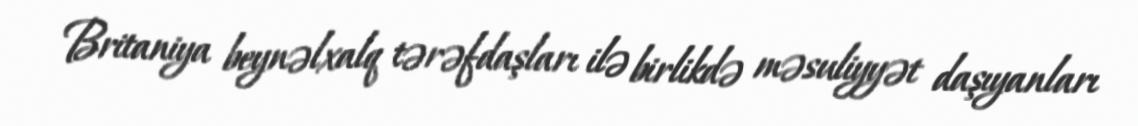
Britaniya beynəlxalq tərəfdaşları ilə birlikdə məsuliyyət daşıyanları